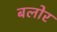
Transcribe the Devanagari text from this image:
बलोर